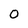
Character: 0